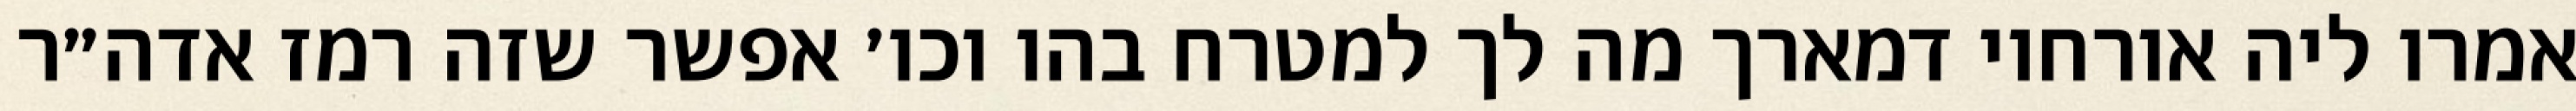
אמרו ליה אורחוי דמארך מה לך למטרח בהו וכו׳ אפשר שזה רמז אדה״ר